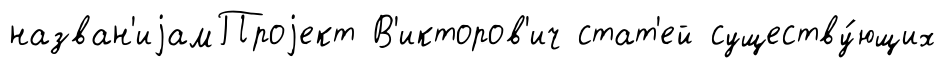
назван'иjамПроjект В'икторов'ич стат'ей существу́ющих